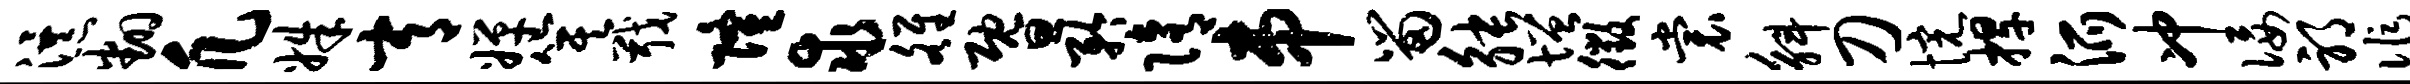
瀑翻凡姝常婵箕戢隆求雒暨矜隋串留觖增徵裳斛刀惋捍派冲佞邪作帆